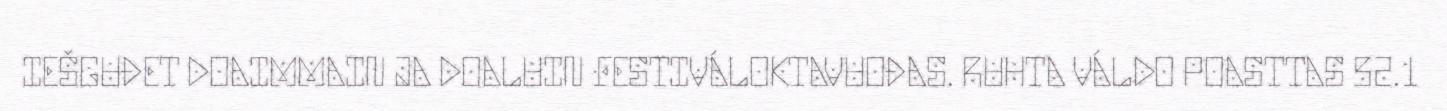
IEŠGUĐET DOAIMMAIN JA DOALUIN FESTIVÁLOKTAVUOĐAS. RUHTA VÁLDO POASTTAS 52.1